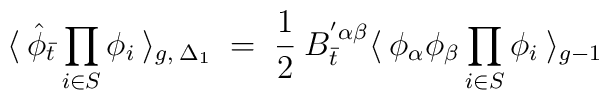
\langle \: {\hat \phi}_{\bar t} \prod_{i \in S} \phi_i \:\rangle_{g, \: {\Delta_{1}}} \; = \; \frac{1}{2} \:B_{\bar t}^{' \alpha \beta}\langle \: \phi_{\alpha} \phi_{\beta}\prod_{i \in S} \phi_i \: \rangle_{g-1} \\